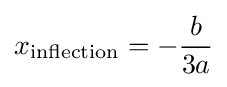
x_{\text{inflection}}=-{\frac {b}{3a}}